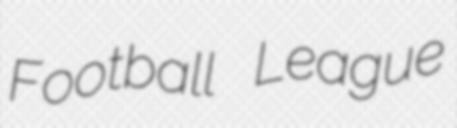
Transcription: Football League